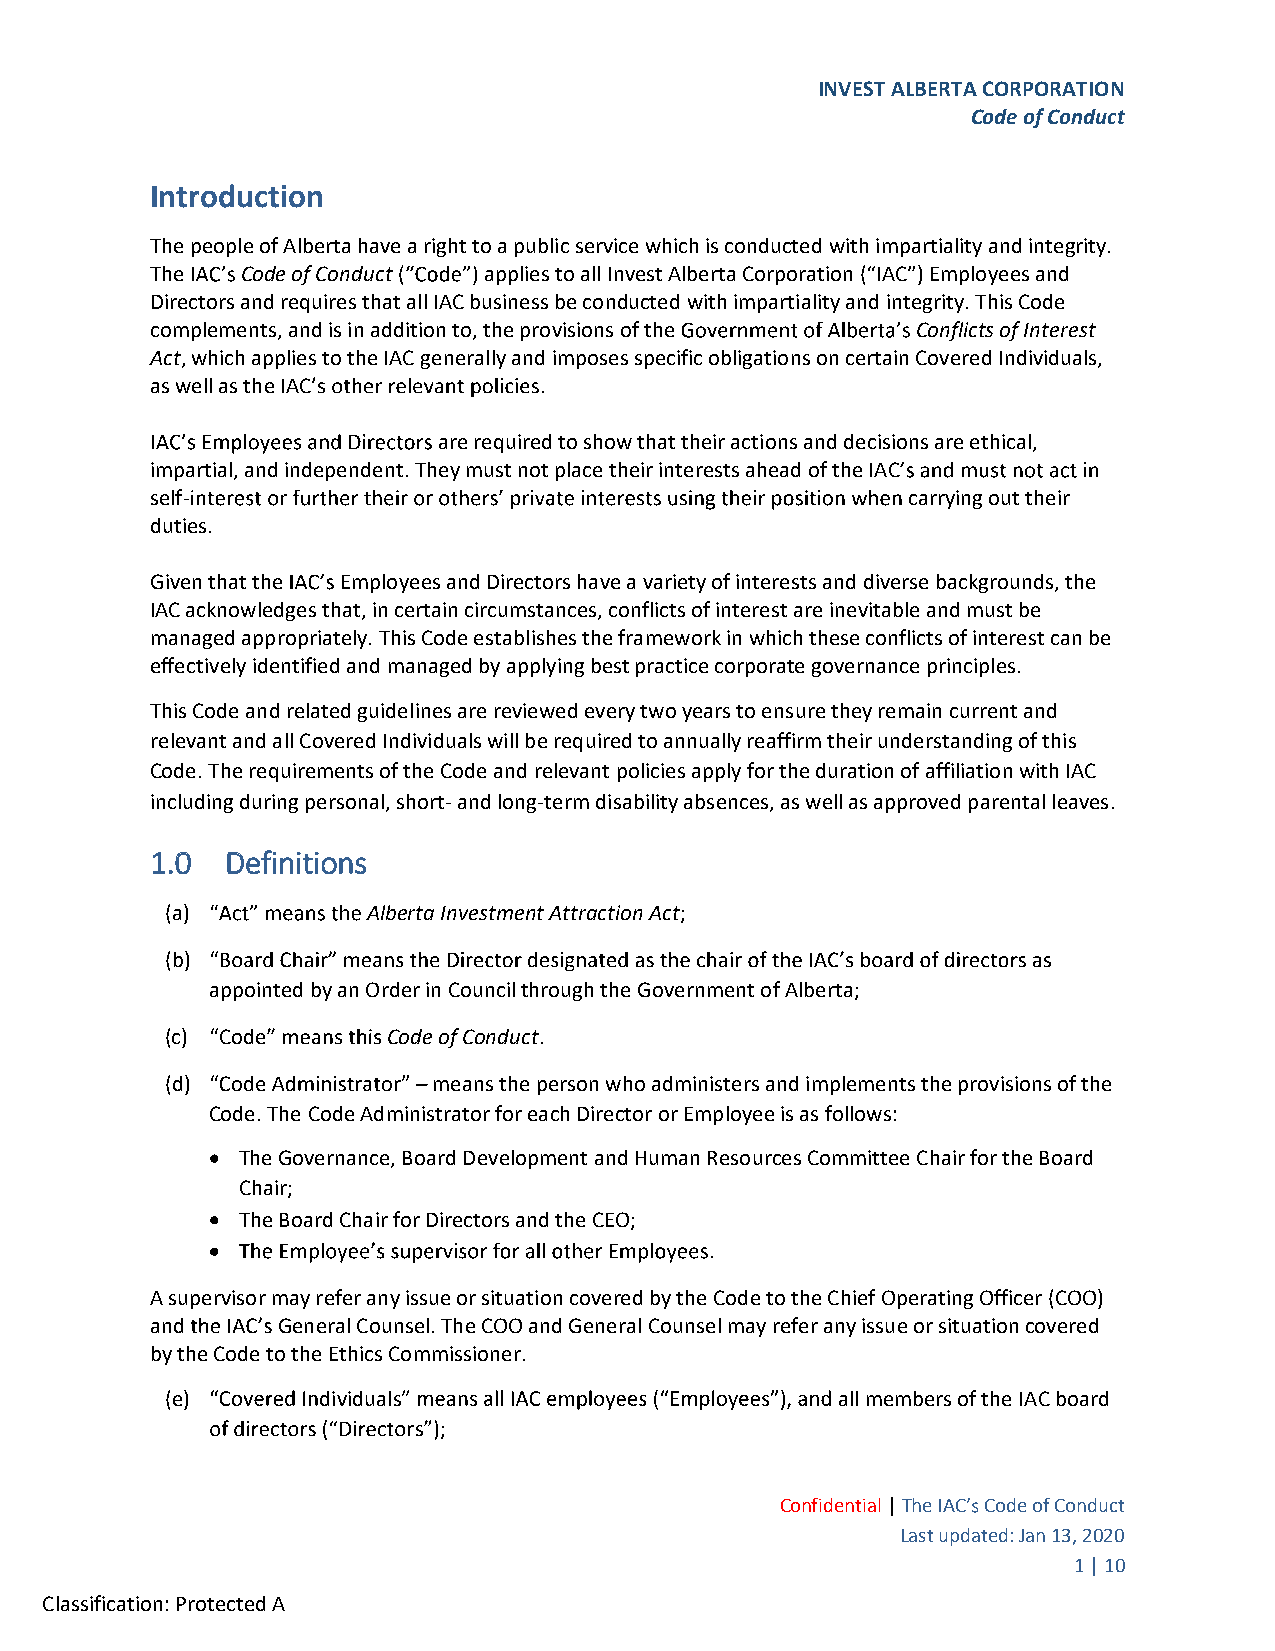
INVEST ALBERTA CORPORATION
 Code of Conduct
 Introduction
 The people of Alberta have a right to a public service which is conducted with impartiality and integrity.
 The   Code of Conduct applies to all Invest Alberta Corporation ( IAC ) Employees and
 Directors and requires that all IAC business be conducted with impartiality and integrity. This Code
 complements, and is in addition to, the provisions of the Conflicts of Interest
 Act, which applies to the IAC generally and imposes specific obligations on certain Covered Individuals,
 as well as the IAC
 are required to show that their actions and decisions are ethical,
 impartial, and independent. They must not place their interests ahead of the IAC
 self-                                             carrying out their
 duties.
 Given that the Employees and Directors have a variety of interests and diverse backgrounds, the
 IACacknowledges that, in certain circumstances, conflicts of interest are inevitable and must be
 managed appropriately. This Code establishes the framework in which these conflicts of interest can be
 effectively identified and managed by applying best practice corporate governance principles.
 This Code and related guidelines are reviewed every two years to ensure they remain current and
 relevant and all Covered Individuals will be required to annually reaffirm their understanding of this
 Code.The requirements of the Code and relevant policies apply for the duration of affiliation with IAC
 including during personal, short- and long-term disability absences, as well as approved parental leaves.
 1.0  Definitions
 (a)          Alberta Investment Attraction Act;
 (b)
 appointed by an Order in Council through the Government of Alberta;
 (c) Code       Code of Conduct.
 (d)               means the person who administers and implements the provisions of the
 Code. The Code Administrator for each Director or Employee is as follows:
 The Governance, Board Development and Human Resources Committee Chair for the Board
 Chair;
 The Board Chair for Directors and the CEO;
 A supervisor may refer any issue or situation covered by the Code to the Chief Operating Officer (COO)
 and     General Counsel. The COO and General Counsel may refer any issue or situation covered
 by the Code to the Ethics Commissioner.
 (e)       dividuals                         all members of the IAC board
 s
 Confidential | The IAC Code of Conduct
 Last updated: Jan 13, 2020
 1 | 10
 Classification: Protected A